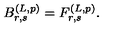
B _ { r , s } ^ { ( L , p ) } = F _ { r , s } ^ { ( L , p ) } .